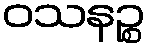
ဝသနဉ္စ